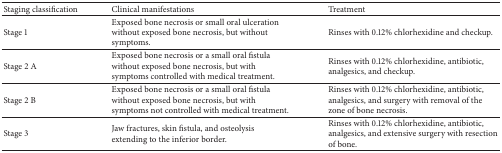
<table><thead><tr><td><b>Staging classification</b></td><td><b>Clinical manifestations </b></td><td><b>Treatment </b></td></tr></thead><tbody><tr><td>Stage 1</td><td>Exposed bone necrosis or small oral ulceration without exposed bone necrosis, but without symptoms.</td><td>Rinses with 0.12% chlorhexidine and checkup.</td></tr><tr><td>Stage 2 A </td><td>Exposed bone necrosis or a small oral fistula without exposed bone necrosis, but with symptoms controlled with medical treatment.</td><td>Rinses with 0.12% chlorhexidine, antibiotic, analgesics, and checkup.</td></tr><tr><td>Stage 2 B</td><td>Exposed bone necrosis or a small oral fistula without exposed bone necrosis, but with symptoms not controlled with medical treatment.</td><td>Rinses with 0.12% chlorhexidine, antibiotic, analgesics, and surgery with removal of the zone of bone necrosis.</td></tr><tr><td>Stage 3</td><td>Jaw fractures, skin fistula, and osteolysis extending to the inferior border.</td><td>Rinses with 0.12% chlorhexidine, antibiotic, analgesics, and extensive surgery with resection of bone.</td></tr></tbody></table>